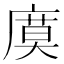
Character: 𢊗